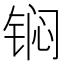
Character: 𮸎